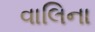
વાલિના